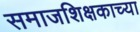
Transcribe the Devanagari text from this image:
समाजशिक्षकाच्या